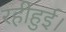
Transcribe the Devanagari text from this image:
रहीहुई।